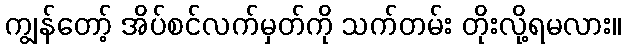
ကျွန်တော့် အိပ်စင်လက်မှတ်ကို သက်တမ်း တိုးလို့ရမလား။